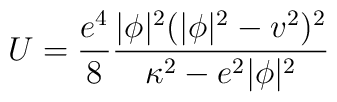
U=\frac{e^4}8\frac{|\phi |^2(|\phi |^2-v^2)^2}{{\kappa ^2}-e^2|\phi |^2}